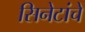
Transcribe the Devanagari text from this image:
सिनेटांचे